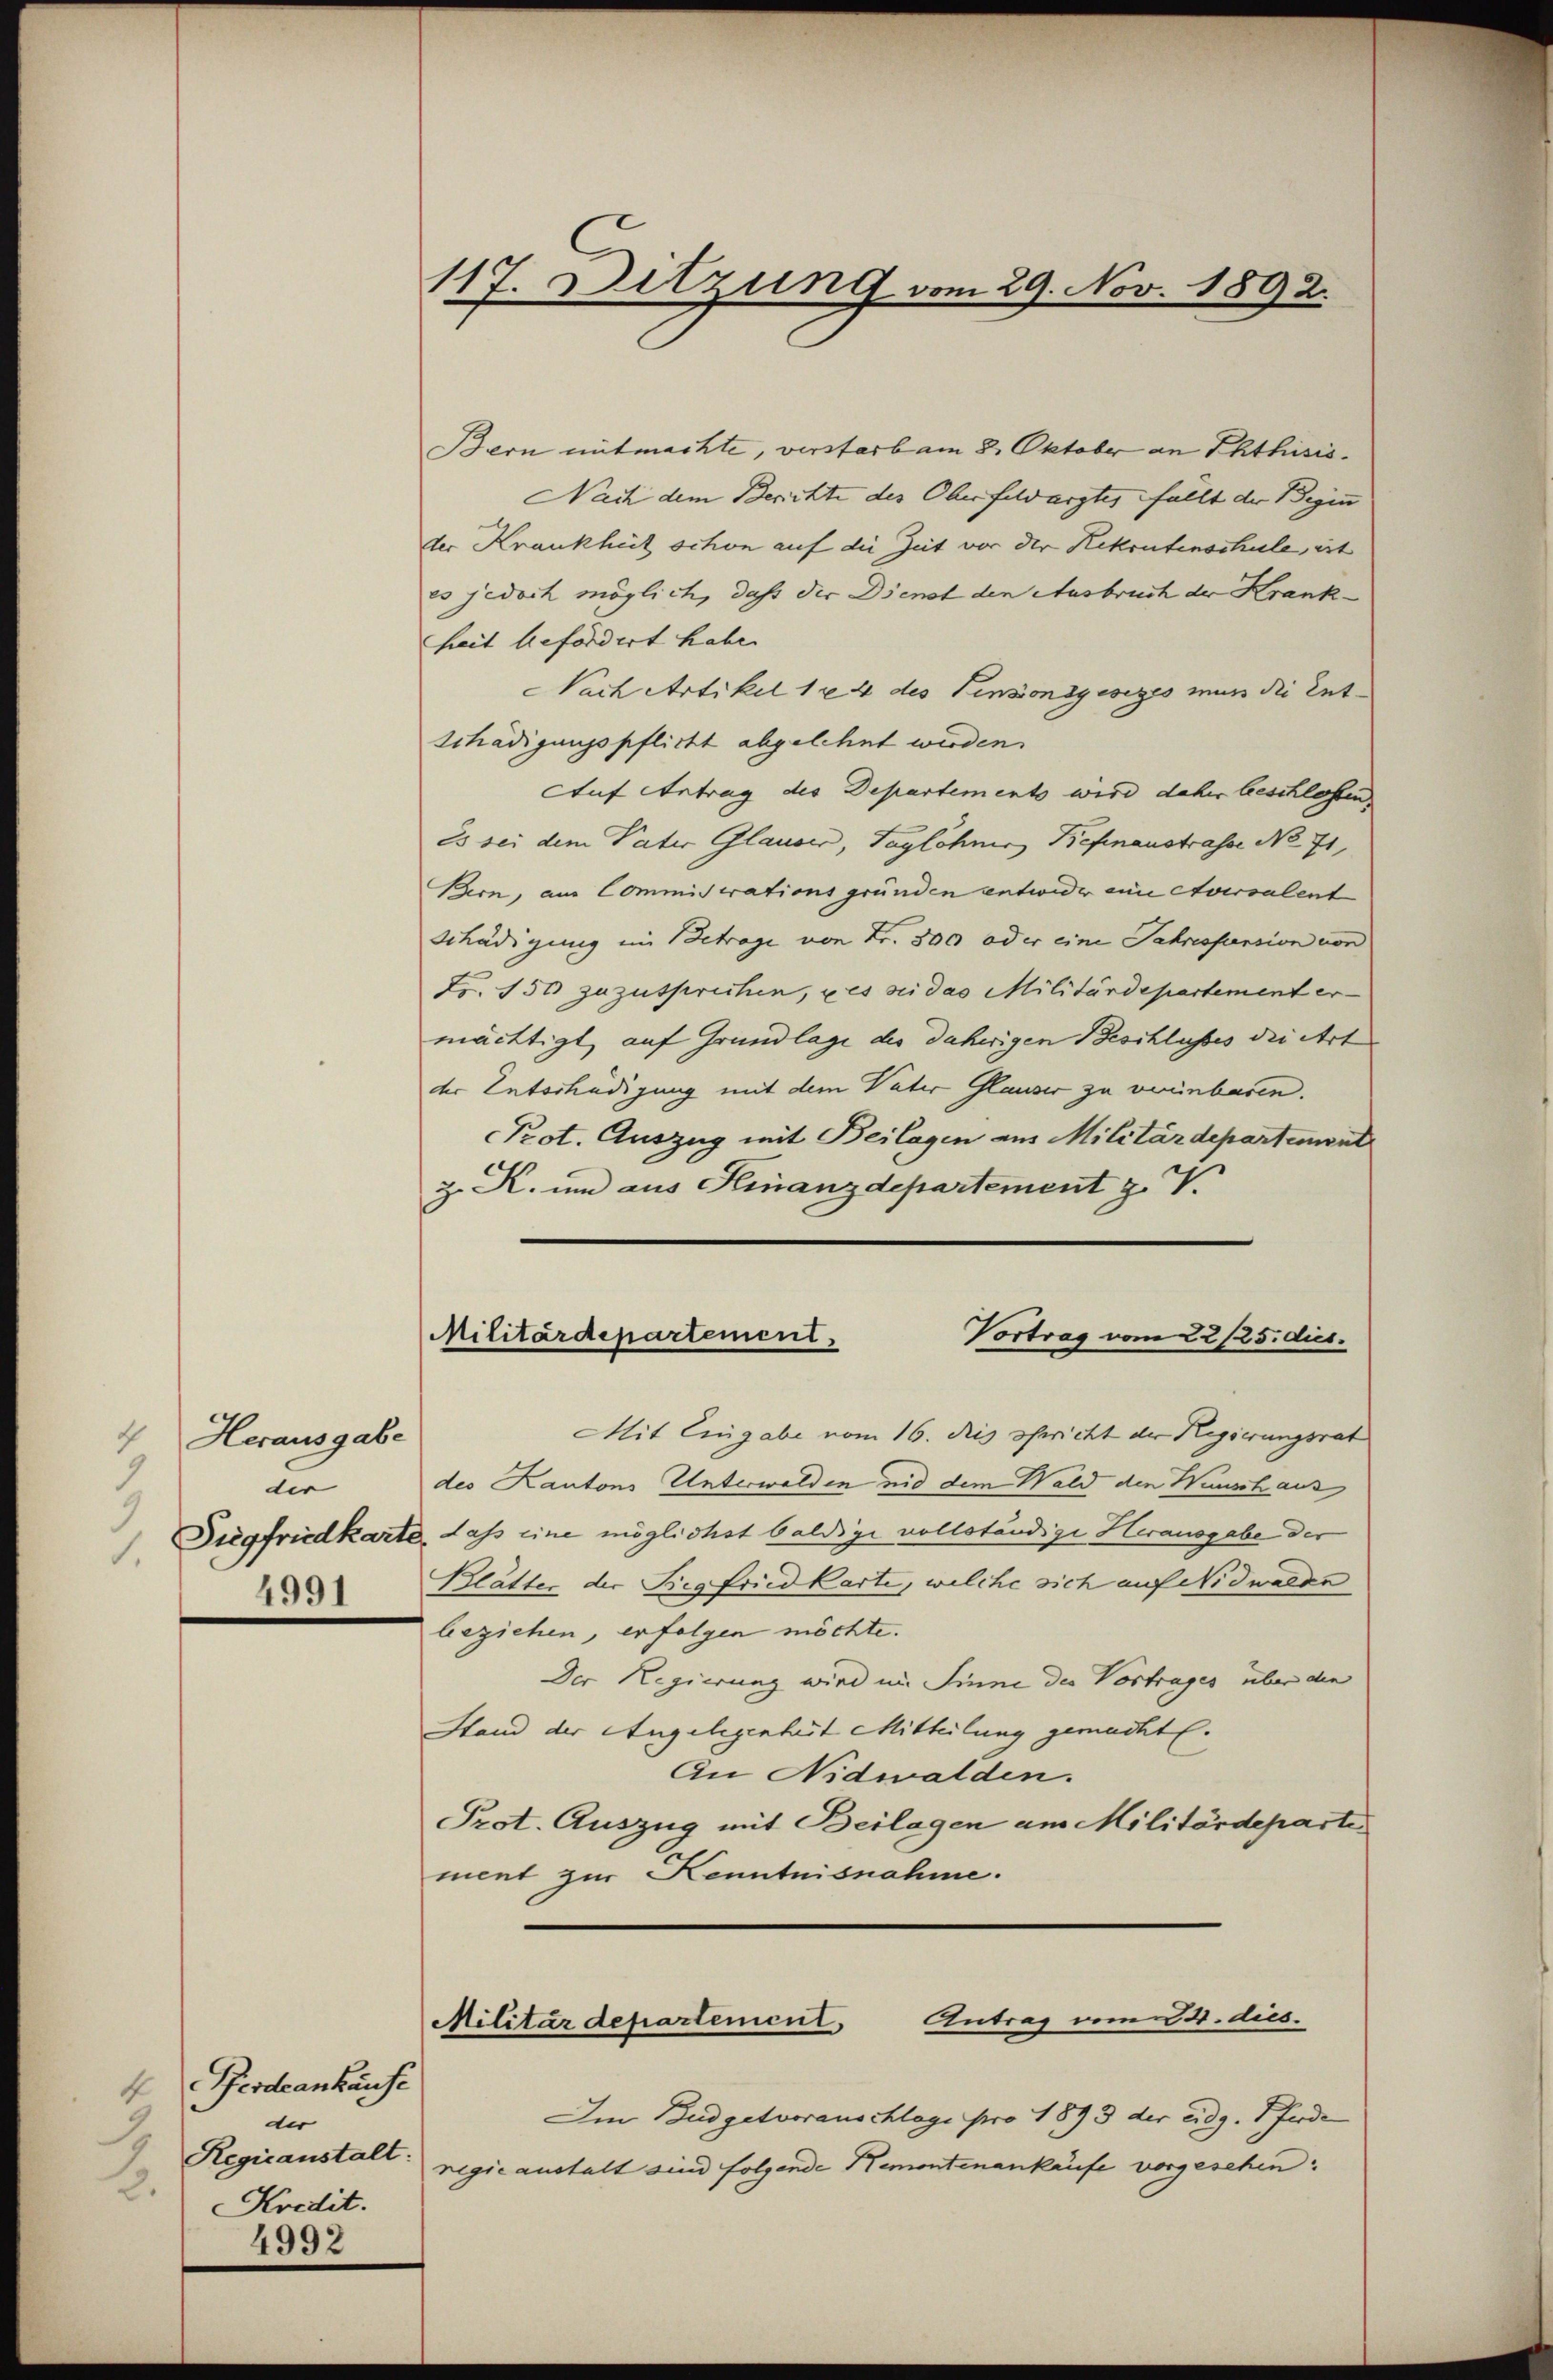
4 Herausgabe
.
der
.
4991

4 Ferdankäufe
der
Regieanstalt:
2.
Kredit.
4992

117. Sitzung vom 29. Nov. 1892.

Bern mitmachte, verstarb am 8. Oktober an Phtisis.
Nach dem Berichte des Oberfeldarztes fällt der Begin
der Krankheit schon auf die Zeit vor der Rekrutenschule, ert
es jedoch möglich, daß der Dienst den Ausbruch der Krankheit befördert habe.
Nach Artikel 124 des Pensionsgesezes nun die Ent-
Schädigungspflicht abgelehnt werden.
Auf Antrag des Departements wird daher beschlossen
23 sei dem Vater Glauber, Taglöhner Befinaustrasse No 71,
Bern, aus Commistrationsgründen entweder eine Aversalent
Schädigung im Betrage von Fr. 800 oder eine Jahressension von
Fr. 150 zuzusprechen, es sei das Militärdepartement er-
mächtigt, auf Grundlage des daherigen Beschlusses die Art
der Entschädigung mit dem Vater Glauser zu vereinbaren.
Prot. Auszug mit Beilagen aus Militärdepartement
z. K. und aus Finanzdepartement z. V.

Militärdepartement.
Vortrag vom 22/25. dies.

Mit Eingabe vom 16. dies bericht der Regierungsrat
des Kantons Unterwalden nid dem Wald den Wunschaus
Siegfriedkarte, daß eine möglichst baldige vollständige Herausgabe der
Blätter der Siegfriedkarte, welche sich auf Nidwalde
beziehen, erfolgen möchte.
Der Regierung wird im Sinne des Vortrages über die
Stand der Angelegenheit Mitteilung gemachte.
An Nidwalden.
Prot. Auszug mit Beilagen am Militärdeparte
ment zur Kenntnisnahme.

Militärdepartement, Antrag vom 24. dies

Ien Budgetvorauschlage pro 1893 der eidg. Pferde
regie anstalt sind folgende Remontenankäufe vorgesehen: